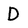
Character: D